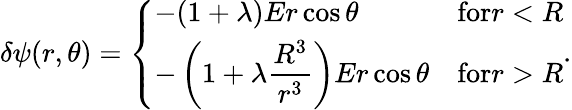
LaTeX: \delta\psi(r,\theta)=\left\{ \begin{array}{ll}{\displaystyle-(1+\lambda)Er\cos\theta}&{\textrm{for}r<R}\\ {\displaystyle-\left(1+\lambda\frac{R^{3}}{r^{3}}\right)Er\cos\theta}&{\textrm{for}r>R}\end{array}\right..